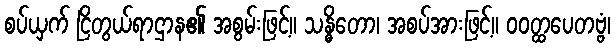
စပ်ယှက် ငြိတွယ်ရာဌာန၏ အစွမ်းဖြင့်။ သန္ဓိတော၊ အစပ်အားဖြင့်။ ဝဝတ္ထပေတဗ္ဗံ၊